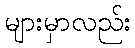
များမှာလည်း